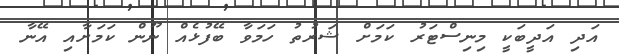
އަދި އަދީބަކީ މިނިސްޓަރު ކަމަށް ޝަރުތު ހަމަވާ ބޭފުޅެއް ނޫން ކަމަށާއި އޭނާ